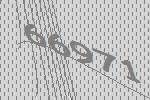
66971